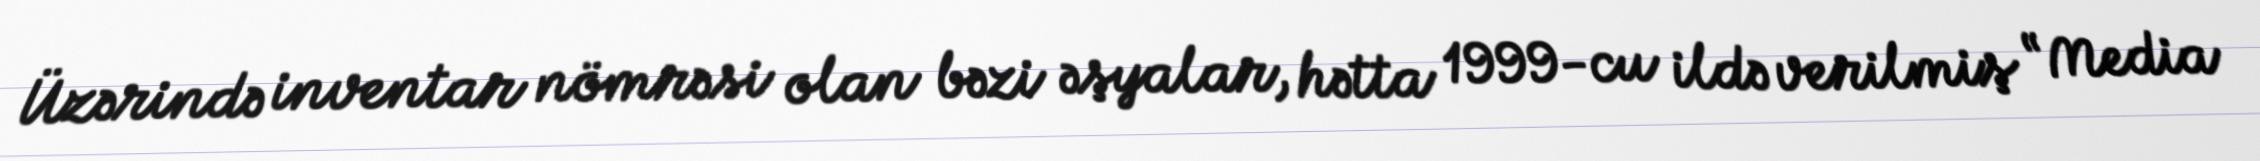
Üzərində inventar nömrəsi olan bəzi əşyalar, hətta 1999-cu ildə verilmiş “Media